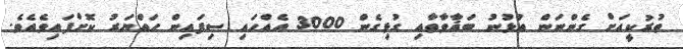
ތުރުކީއަށް ގެންނަން އުޅުނު ބަޣާވާތާއި ގުޅިގެން 3000 އެއްހައި ސިފައިން ހައްޔަރު ކޮށްފައިވެއެވެ.